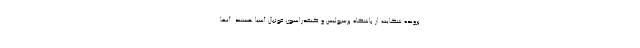
پرونده شکایت از باشگاه پرسپولیس و کنفدراسیون فوتبال آسیا هستند. آنها